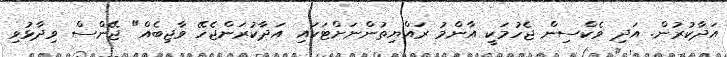
އަދާކުރުން. އަދި ވެކްސިން ޖެހުމަކީ އާންމު ރައްޔިތުންނަށްޓަކައި އަދާކުރަންޖެހޭ ވާޖިބެއް" ޖޭންސް ވިދާޅުވި